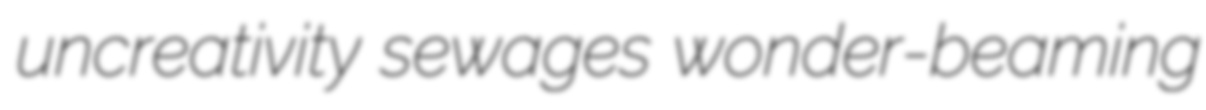
uncreativity sewages wonder-beaming